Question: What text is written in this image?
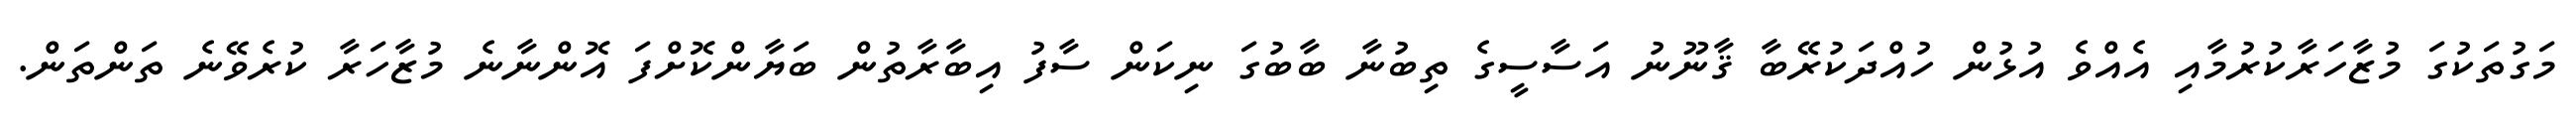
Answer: މަގުތަކުގަ މުޒާހަރާކުރުމާއި އެއްވެ އުޅުން ހުއްދަކުރޭބާ ޤާނޫނު އަސާސީގެ ތިބުނާ ބާބުގަ ނިކަން ސާފު އިބާރާތުން ބަޔާންކޮށްފަ އޮންނާނެ މުޒާހަރާ ކުރެވޭނެ ތަންތަން.